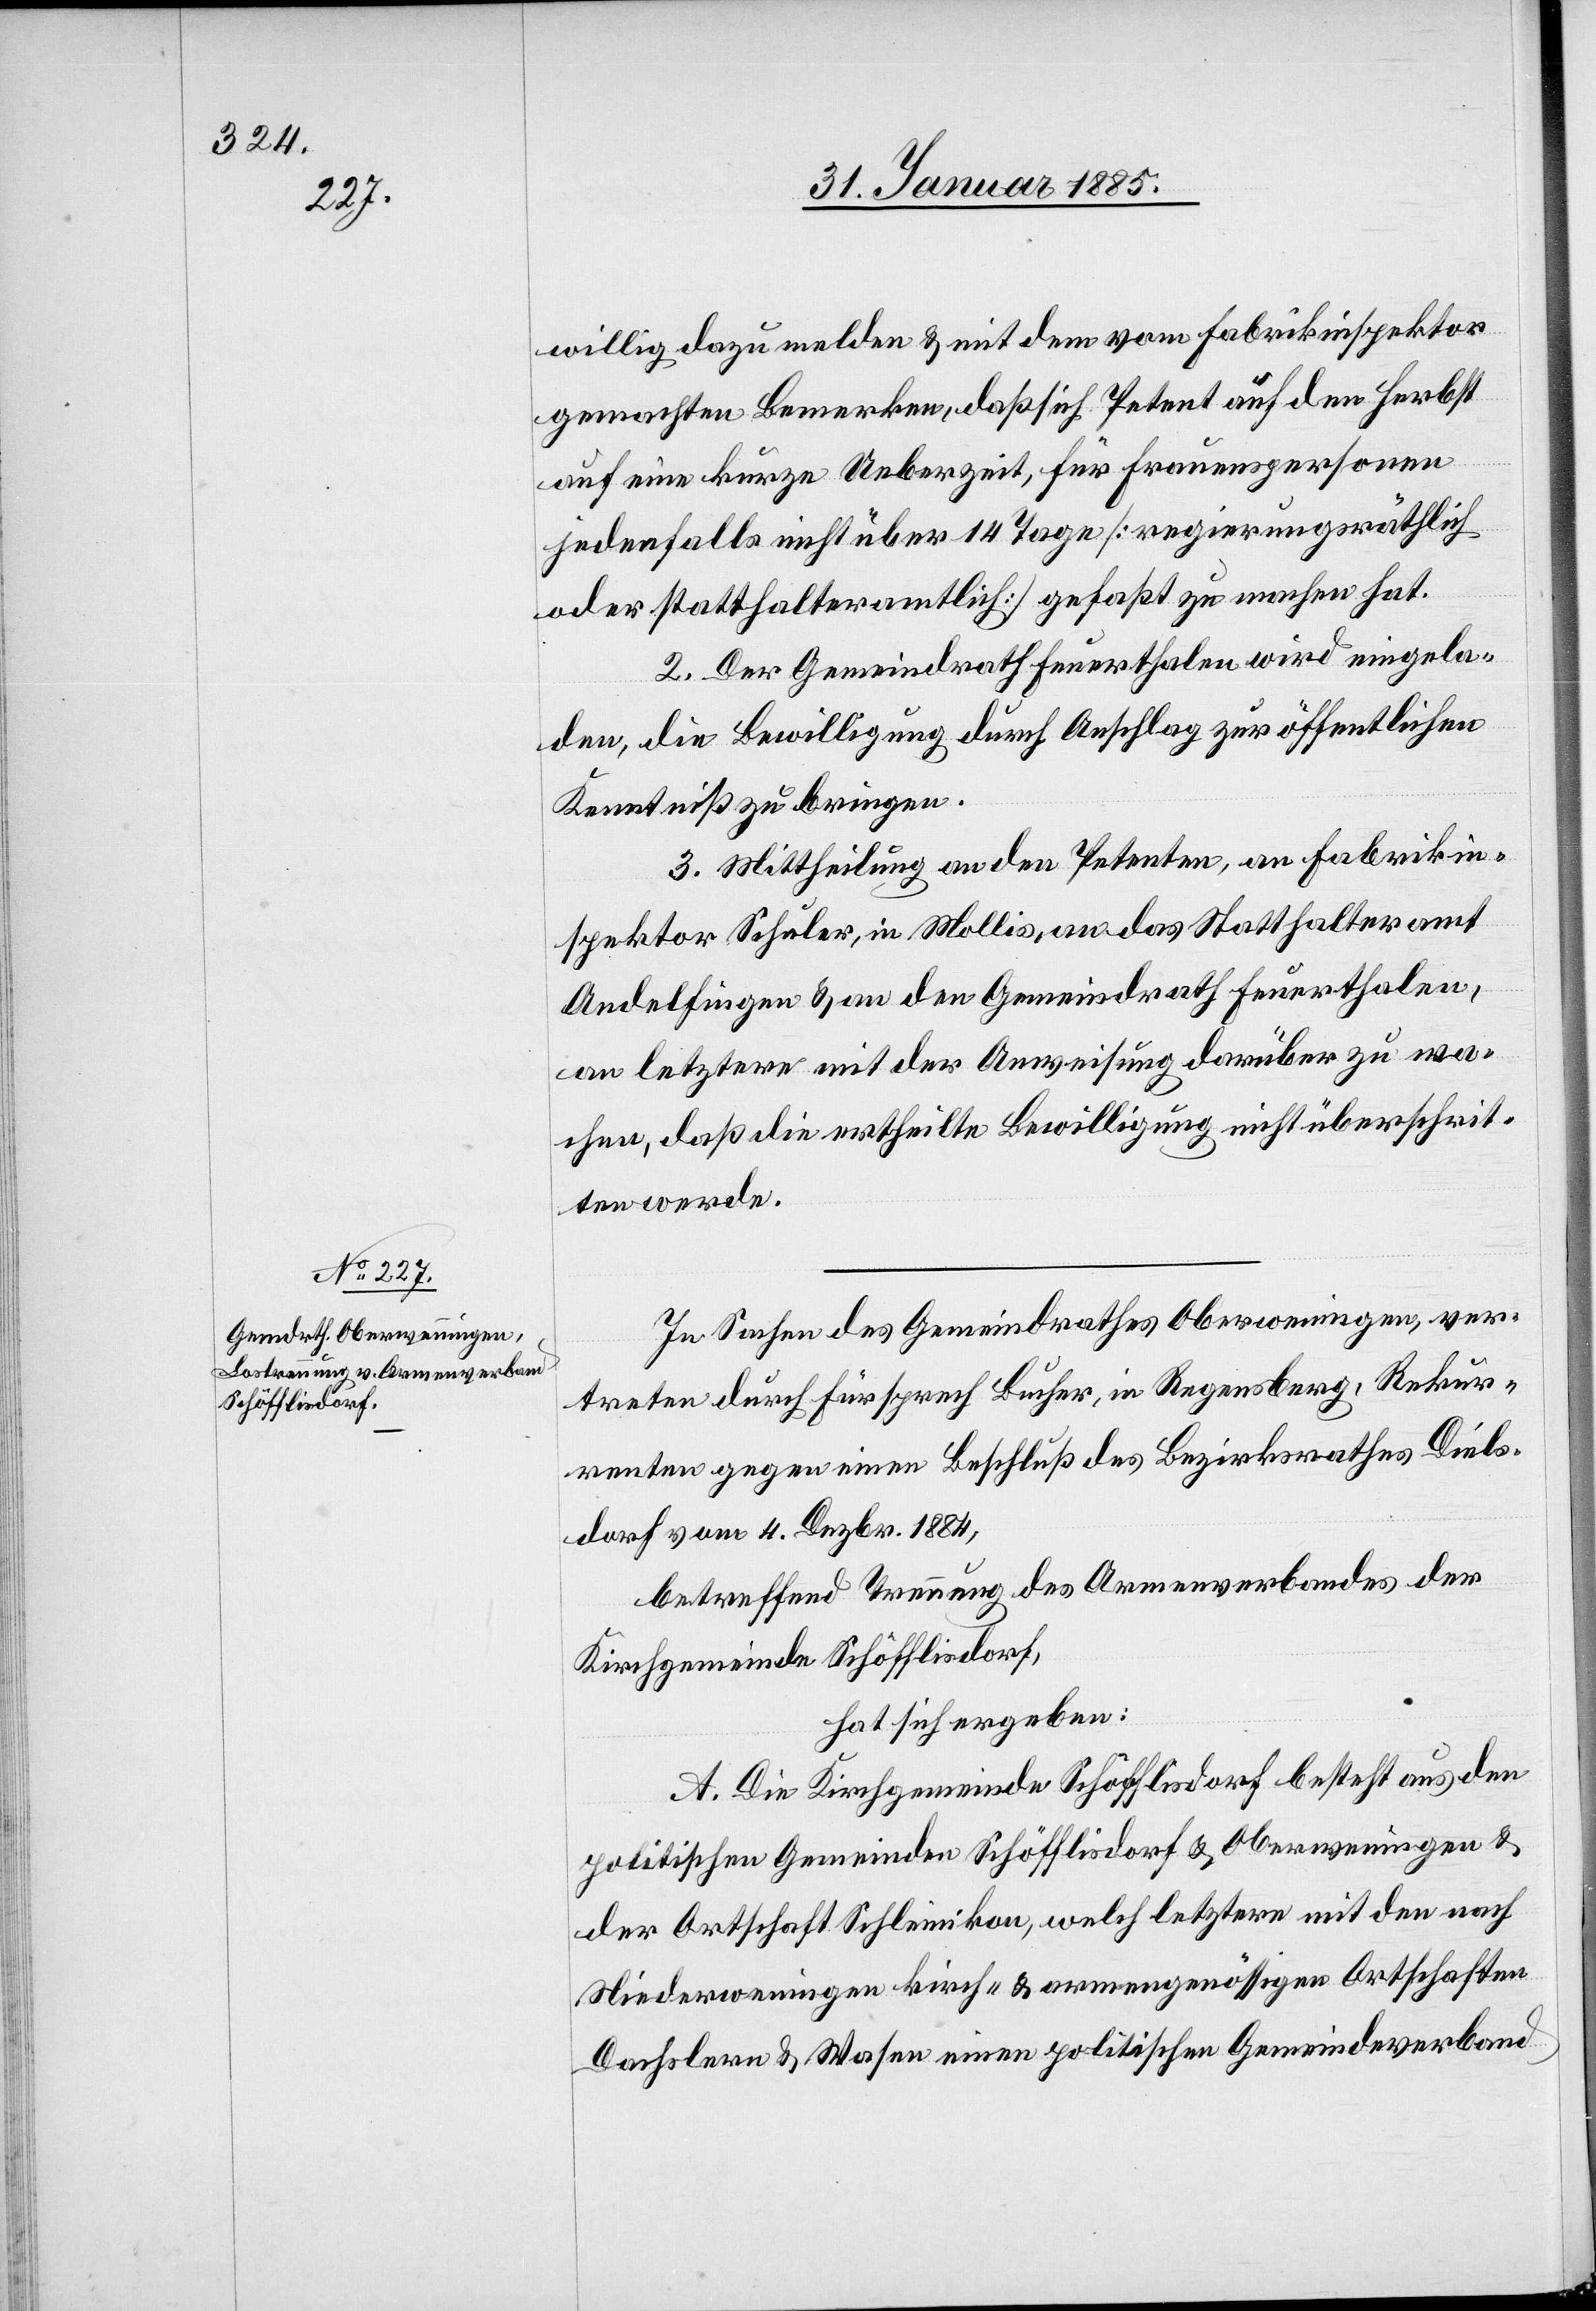
willig dazu [sic!] melden & mit dem vom Fabrikinspektor
gemachten Bemerken, daß sich Petent auf den Herbst
auf eine kurze Ueberzeit, für Frauenspersonen
jedenfalls nicht über 14 Tage [regierungsräthlich
oder statthalteramtlich] gefaßt zu machen hat.
2. Der Gemeindrath Feuerthalen wird eingela¬
den, die Bewilligung durch Anschlag zur öffentlichen
Kenntniß zu bringen.
3. Mittheilung an den Petenten, an Fabrikin¬
spektor Schuler, in Mollis, an das Statthalteramt
Andelfingen & an den Gemeindrath Feuerthalen,
an letztere mit der Anweisung darüber zu wa¬
chen, daß die ertheilte Bewilligung nicht überschrit¬
ten werde.
In Sachen des Gemeindrathes Oberweningen, ver¬
treten durch Fürsprech Bucher, in Regensberg, Rekur¬
renten gegen einen Beschluß des Bezirksrathes Diels¬
dorf vom 4. Dezbr. 1884,
betreffend Trennung des Armenverbandes der
Kirchgemeinde Schöfflisdorf,
hat sich ergeben:
A. die Kirchgemeinde Schöfflisdorf besteht aus den
politischen Gemeinden Schöfflisdorf & Oberweningen &
der Ortschaft Schleinikon, welch letztere mit den nach
Niederweningen kirch- & armengenössigen Ortschaften
Dachslern & Wasen einen politischen Gemeindeverband